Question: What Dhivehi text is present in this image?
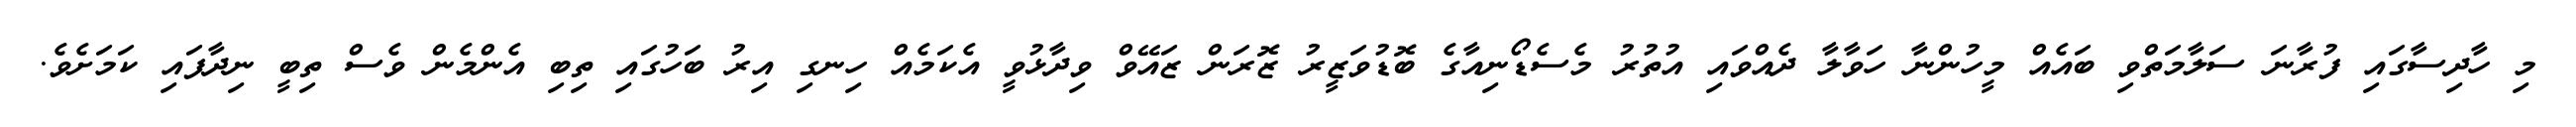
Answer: މި ހާދިސާގައި ފުރާނަ ސަލާމަތްވި ބައެއް މީހުންނާ ހަވާލާ ދެއްވައި އުތުރު މެސެޑޯނިއާގެ ބޮޑުވަޒީރު ޒޮރަން ޒައޭވް ވިދާޅުވީ އެކަމެއް ހިނގި އިރު ބަހުގައި ތިބި އެންމެން ވެސް ތިބީ ނިދާފައި ކަމަށެވެ.